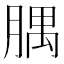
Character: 腢